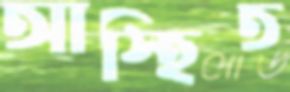
আস্হিত